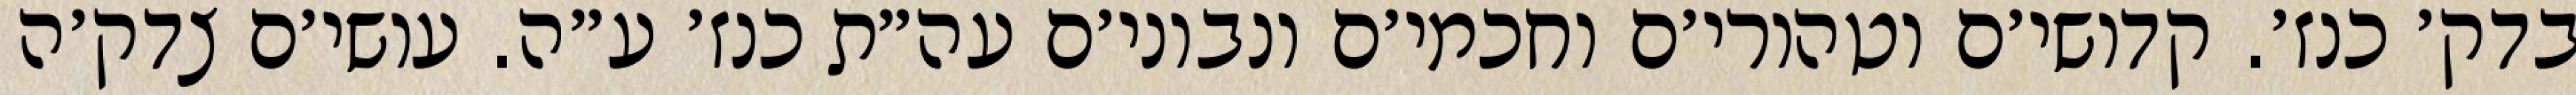
בדק׳ כנז׳. קדושי׳ם וטהורי׳ם וחכמי׳ם ונבוני׳ם עה״ת כנז׳ ע״ה. עושי׳ם צדק׳ה